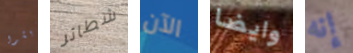
يعيشوا شطائر الآن وايضا إنه